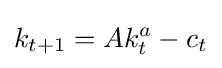
k_{t+1}=Ak_{t}^{a}-c_{t}